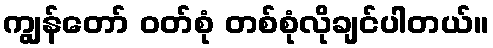
ကျွန်တော် ဝတ်စုံ တစ်စုံလိုချင်ပါတယ်။